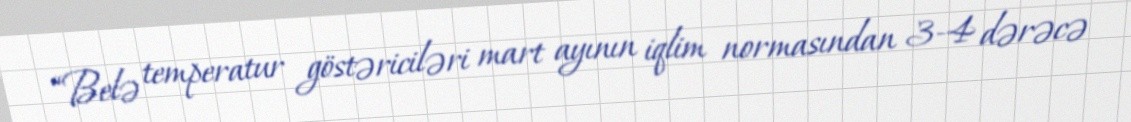
“Belə temperatur göstəriciləri mart ayının iqlim normasından 3-4 dərəcə